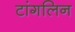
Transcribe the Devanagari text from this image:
टांगलिन